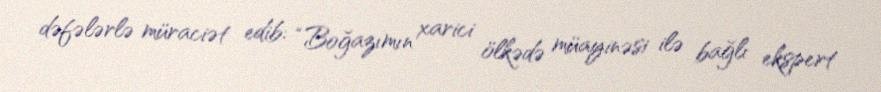
dəfələrlə müraciət edib: “Boğazımın xarici ölkədə müayinəsi ilə bağlı ekspert